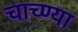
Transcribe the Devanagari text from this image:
चाच्ण्या